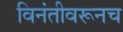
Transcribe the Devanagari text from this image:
विनंतीवरूनच